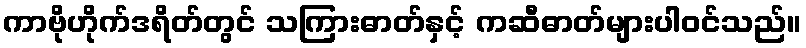
ကာဗိုဟိုက်ဒရိတ်တွင် သကြားဓာတ်နှင့် ကဆီဓာတ်များပါဝင်သည်။